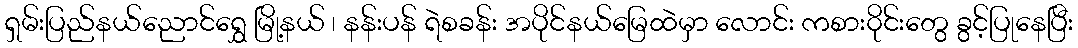
ရှမ်းပြည်နယ်ညောင်ရွှေ မြို့နယ် ၊ နန်းပန် ရဲစခန်း အပိုင်နယ်မြေထဲမှာ လောင်း ကစား၀ိုင်းတွေ ခွင့်ပြုနေပြီး